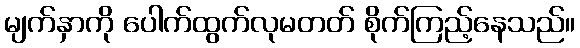
မျက်နှာကို ပေါက်ထွက်လုမတတ် စိုက်ကြည့်နေသည်။